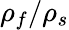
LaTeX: \rho_{f}/\rho_{s}